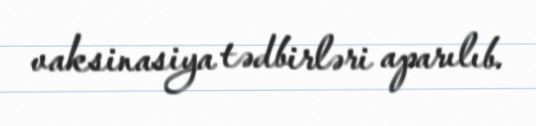
vaksinasiya tədbirləri aparılıb.